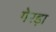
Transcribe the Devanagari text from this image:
गेरड़ा